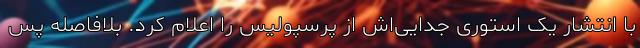
با انتشار یک استوری جدایی‌اش از پرسپولیس را اعلام کرد. بلافاصله پس